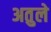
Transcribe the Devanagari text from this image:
अतुले